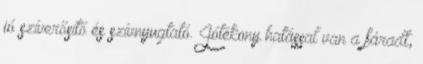
jó szíverősítő és szívnyugtató. Jótékony hatással van a fáradt,